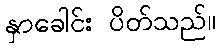
နှာခေါင်း ပိတ်သည်။